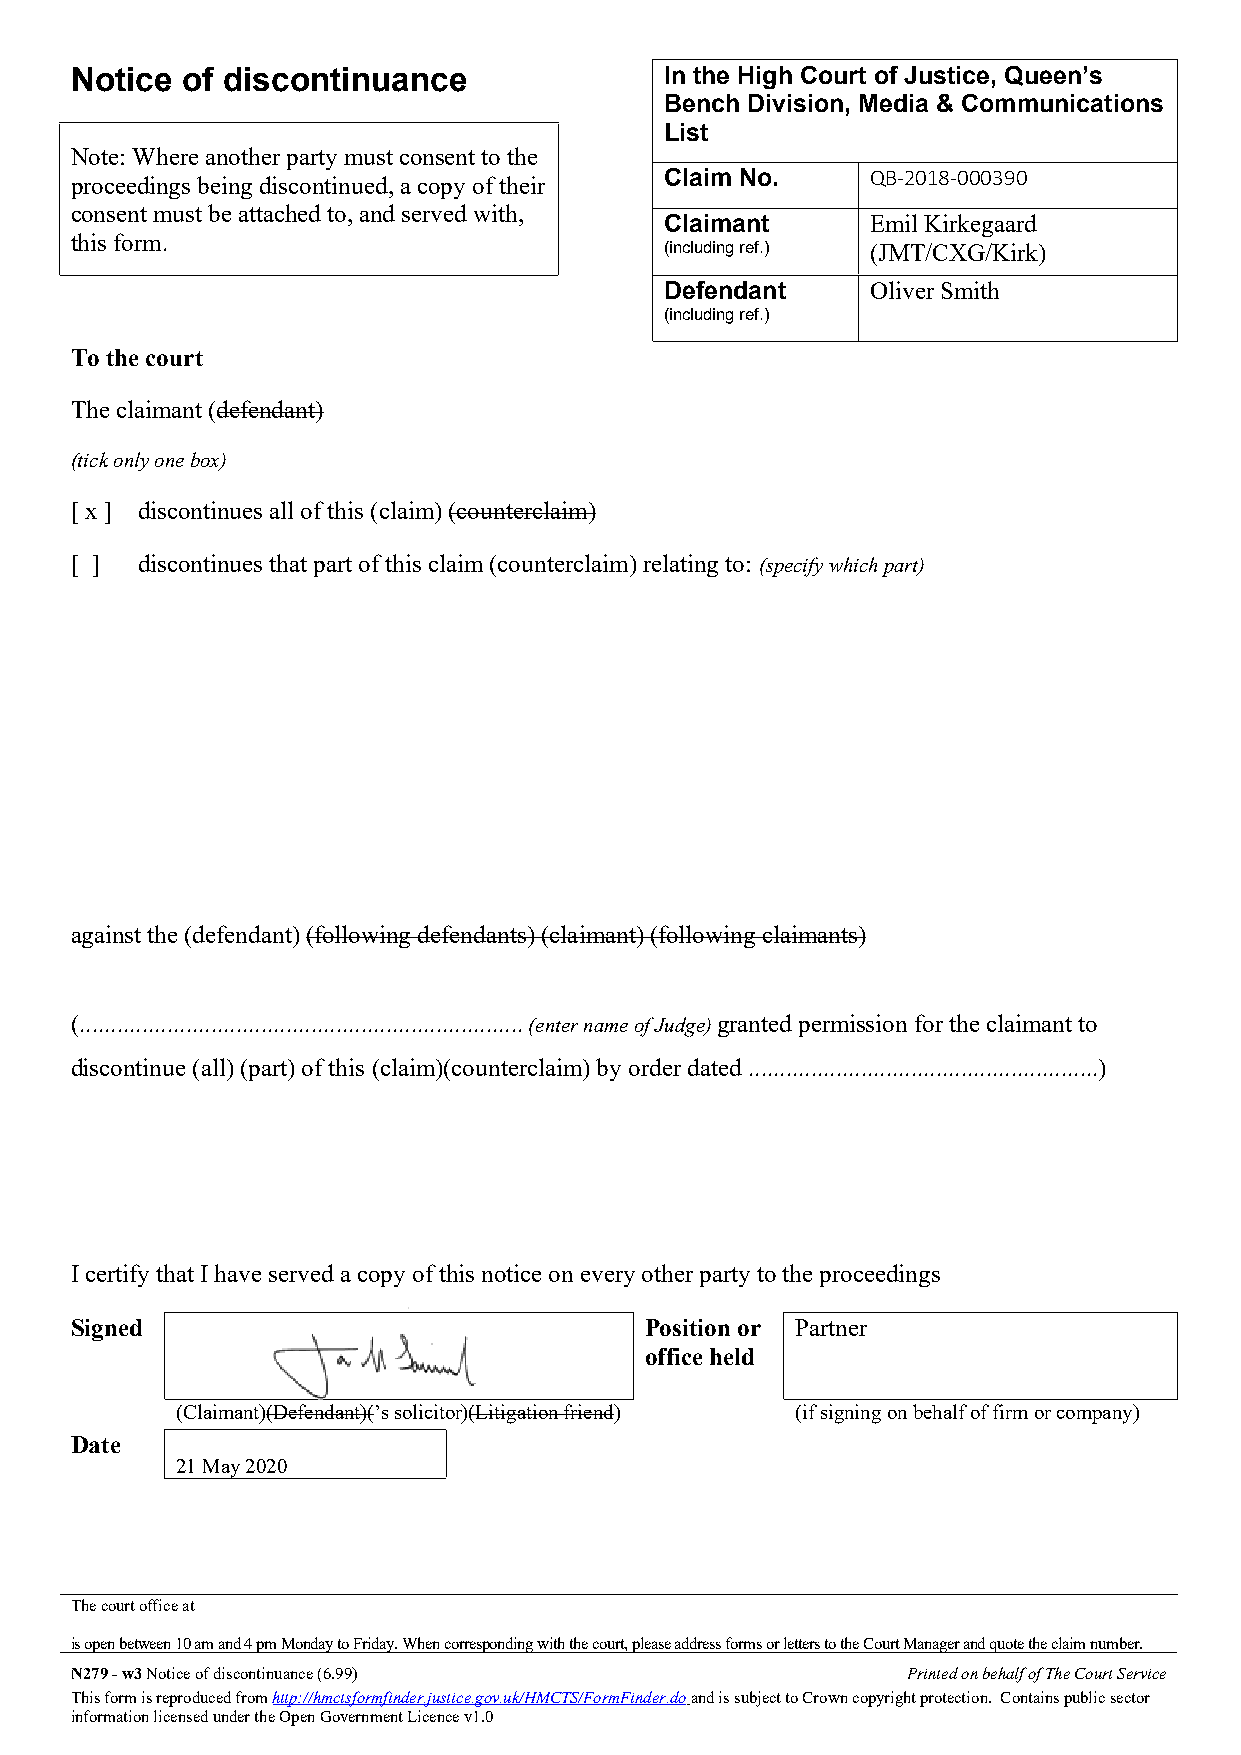
Notice of discontinuance               In the High Court of Justice, Queen’s
 Bench Division, Media & Communications
 List
 Note: Where another party must consent to the
 proceedings being discontinued, a copy of their Claim No. QB-2018-000390
 consent must be attached to, and served with,
 Claimant      Emil Kirkegaard
 this form.
 (including ref.) (JMT/CXG/Kirk)
 Defendant     Oliver Smith
 (including ref.)
 To the court
 The claimant (defendant)
 (tick only one box)
 [ x ] discontinues all of this (claim) (counterclaim)
 [ ] discontinues that part of this claim (counterclaim) relating to: (specify which part)
 against the (defendant) (following defendants) (claimant) (following claimants)
 (....................................................................... (enter name of Judge) granted permission for the claimant to
 discontinue (all) (part) of this (claim)(counterclaim) by order dated ........................................................)
 I certify that I have served a copy of this notice on every other party to the proceedings
 Signed                                Position or Partner
 office held
 (Claimant)(Defendant)(’s solicitor)(Litigation friend) (if signing on behalf of firm or company)
 Date
 21 May 2020
 The court office at
 is open between 10 am and 4 pm Monday to Friday. When corresponding with the court, please address forms or letters to the Court Manager and quote the claim number.
 N279 - w3 Notice of discontinuance (6.99)              Printed on behalf of The Court Service
 This form is reproduced from http://hmctsformfinder.justice.gov.uk/HMCTS/FormFinder.do and is subject to Crown copyright protection. Contains public sector
 information licensed under the Open Government Licence v1.0